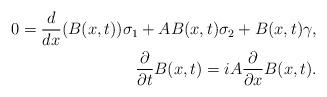
LaTeX: \begin{align*} 0 = \frac{d}{dx} (B(x,t)) \sigma_1 + A B(x,t) \sigma_2 + B(x,t) \gamma, \\ \dfrac{\partial}{\partial t} B(x,t) = i A \dfrac{\partial}{\partial x} B(x,t).\end{align*}